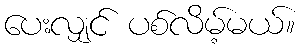
ပေးလျှင် ပစ်လိမ့်မယ်။